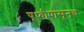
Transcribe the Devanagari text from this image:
पृथ्वीपासूनच